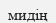
мидің